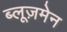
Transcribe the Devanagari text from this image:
ब्लूज़मेन